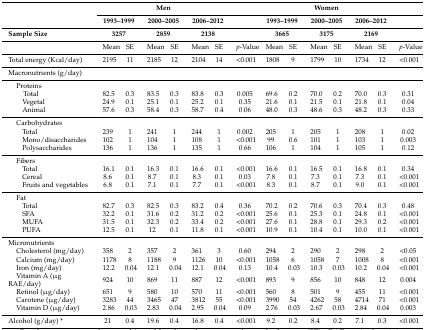
<table><thead><tr><td></td><td colspan="2"></td><td colspan="2"><b>Men</b></td><td colspan="2"></td><td></td><td colspan="2"></td><td colspan="2"><b>Women</b></td><td colspan="2"></td><td></td></tr><tr><td></td><td colspan="2"><b>1993–1999</b></td><td colspan="2"><b>2000–2005</b></td><td colspan="2"><b>2006–2012</b></td><td></td><td colspan="2"><b>1993–1999</b></td><td colspan="2"><b>2000–2005</b></td><td colspan="2"><b>2006–2012</b></td><td></td></tr><tr><td><b>Sample Size</b></td><td colspan="2"><b>3257</b></td><td colspan="2"><b>2859</b></td><td colspan="2"><b>2138</b></td><td></td><td colspan="2"><b>3665</b></td><td colspan="2"><b>3175</b></td><td colspan="2"><b>2169</b></td><td></td></tr></thead><tbody><tr><td></td><td>Mean</td><td>SE</td><td>Mean</td><td>SE</td><td>Mean</td><td>SE</td><td><i>p</i>-Value</td><td>Mean</td><td>SE</td><td>Mean</td><td>SE</td><td>Mean</td><td>SE</td><td><i>p</i>-Value</td></tr><tr><td>Total energy (Kcal/day)</td><td>2195</td><td>11</td><td>2185</td><td>12</td><td>2104</td><td>14</td><td>&lt;0.001</td><td>1808</td><td>9</td><td>1799</td><td>10</td><td>1734</td><td>12</td><td>&lt;0.001</td></tr><tr><td>Macronutrients (g/day)</td><td></td><td></td><td></td><td></td><td></td><td></td><td></td><td></td><td></td><td></td><td></td><td></td><td></td><td></td></tr><tr><td>Proteins</td><td></td><td></td><td></td><td></td><td></td><td></td><td></td><td></td><td></td><td></td><td></td><td></td><td></td><td></td></tr><tr><td>Total</td><td>82.5</td><td>0.3</td><td>83.5</td><td>0.3</td><td>83.8</td><td>0.3</td><td>0.005</td><td>69.6</td><td>0.2</td><td>70.0</td><td>0.2</td><td>70.0</td><td>0.3</td><td>0.31</td></tr><tr><td>Vegetal</td><td>24.9</td><td>0.1</td><td>25.1</td><td>0.1</td><td>25.2</td><td>0.1</td><td>0.35</td><td>21.6</td><td>0.1</td><td>21.5</td><td>0.1</td><td>21.8</td><td>0.1</td><td>0.04</td></tr><tr><td>Animal</td><td>57.6</td><td>0.3</td><td>58.4</td><td>0.3</td><td>58.7</td><td>0.4</td><td>0.06</td><td>48.0</td><td>0.3</td><td>48.6</td><td>0.3</td><td>48.2</td><td>0.3</td><td>0.33</td></tr><tr><td>Carbohydrates</td><td></td><td></td><td></td><td></td><td></td><td></td><td></td><td></td><td></td><td></td><td></td><td></td><td></td><td></td></tr><tr><td>Total</td><td>239</td><td>1</td><td>241</td><td>1</td><td>244</td><td>1</td><td>0.002</td><td>205</td><td>1</td><td>205</td><td>1</td><td>208</td><td>1</td><td>0.02</td></tr><tr><td>Mono/disaccharides</td><td>102</td><td>1</td><td>104</td><td>1</td><td>108</td><td>1</td><td>&lt;0.001</td><td>99</td><td>0.6</td><td>101</td><td>1</td><td>103</td><td>1</td><td>0.003</td></tr><tr><td>Polysaccharides</td><td>136</td><td>1</td><td>136</td><td>1</td><td>135</td><td>1</td><td>0.66</td><td>106</td><td>1</td><td>104</td><td>1</td><td>105</td><td>1</td><td>0.12</td></tr><tr><td>Fibers</td><td></td><td></td><td></td><td></td><td></td><td></td><td></td><td></td><td></td><td></td><td></td><td></td><td></td><td></td></tr><tr><td>Total</td><td>16.1</td><td>0.1</td><td>16.3</td><td>0.1</td><td>16.6</td><td>0.1</td><td>&lt;0.001</td><td>16.6</td><td>0.1</td><td>16.5</td><td>0.1</td><td>16.8</td><td>0.1</td><td>0.34</td></tr><tr><td>Cereal</td><td>8.6</td><td>0.1</td><td>8.7</td><td>0.1</td><td>8.3</td><td>0.1</td><td>0.03</td><td>7.8</td><td>0.1</td><td>7.3</td><td>0.1</td><td>7.3</td><td>0.1</td><td>&lt;0.001</td></tr><tr><td>Fruits and vegetables</td><td>6.8</td><td>0.1</td><td>7.1</td><td>0.1</td><td>7.7</td><td>0.1</td><td>&lt;0.001</td><td>8.3</td><td>0.1</td><td>8.7</td><td>0.1</td><td>9.0</td><td>0.1</td><td>&lt;0.001</td></tr><tr><td>Fat</td><td></td><td></td><td></td><td></td><td></td><td></td><td></td><td></td><td></td><td></td><td></td><td></td><td></td><td></td></tr><tr><td>Total</td><td>82.7</td><td>0.3</td><td>82.5</td><td>0.3</td><td>83.2</td><td>0.4</td><td>0.36</td><td>70.2</td><td>0.2</td><td>70.6</td><td>0.3</td><td>70.4</td><td>0.3</td><td>0.48</td></tr><tr><td>SFA</td><td>32.2</td><td>0.1</td><td>31.6</td><td>0.2</td><td>31.2</td><td>0.2</td><td>&lt;0.001</td><td>25.6</td><td>0.1</td><td>25.3</td><td>0.1</td><td>24.8</td><td>0.1</td><td>&lt;0.001</td></tr><tr><td>MUFA</td><td>31.5</td><td>0.1</td><td>32.3</td><td>0.2</td><td>33.4</td><td>0.2</td><td>&lt;0.001</td><td>27.6</td><td>0.1</td><td>28.8</td><td>0.1</td><td>29.3</td><td>0.2</td><td>&lt;0.001</td></tr><tr><td>PUFA</td><td>12.5</td><td>0.1</td><td>12</td><td>0.1</td><td>11.8</td><td>0.1</td><td>&lt;0.001</td><td>10.9</td><td>0.1</td><td>10.4</td><td>0.1</td><td>10.0</td><td>0.1</td><td>&lt;0.001</td></tr><tr><td>Micronutrients</td><td></td><td></td><td></td><td></td><td></td><td></td><td></td><td></td><td></td><td></td><td></td><td></td><td></td><td></td></tr><tr><td>Cholesterol (mg/day)</td><td>358</td><td>2</td><td>357</td><td>2</td><td>361</td><td>3</td><td>0.60</td><td>294</td><td>2</td><td>290</td><td>2</td><td>298</td><td>2</td><td>&lt;0.05</td></tr><tr><td>Calcium (mg/day)</td><td>1178</td><td>8</td><td>1188</td><td>9</td><td>1126</td><td>10</td><td>&lt;0.001</td><td>1058</td><td>6</td><td>1058</td><td>7</td><td>1008</td><td>8</td><td>&lt;0.001</td></tr><tr><td>Iron (mg/day)</td><td>12.2</td><td>0.04</td><td>12.1</td><td>0.04</td><td>12.1</td><td>0.04</td><td>0.13</td><td>10.4</td><td>0.03</td><td>10.3</td><td>0.03</td><td>10.2</td><td>0.04</td><td>&lt;0.001</td></tr><tr><td>Vitamin A (μg RAE/day)</td><td>924</td><td>10</td><td>869</td><td>11</td><td>887</td><td>12</td><td>&lt;0.001</td><td>893</td><td>9</td><td>856</td><td>10</td><td>848</td><td>12</td><td>0.004</td></tr><tr><td>Retinol (μg/day)</td><td>651</td><td>9</td><td>580</td><td>10</td><td>570</td><td>11</td><td>&lt;0.001</td><td>560</td><td>8</td><td>501</td><td>9</td><td>455</td><td>11</td><td>&lt;0.001</td></tr><tr><td>Carotene (μg/day)</td><td>3283</td><td>44</td><td>3465</td><td>47</td><td>3812</td><td>55</td><td>&lt;0.001</td><td>3990</td><td>54</td><td>4262</td><td>58</td><td>4714</td><td>71</td><td>&lt;0.001</td></tr><tr><td>Vitamin D (μg/day)</td><td>2.86</td><td>0.03</td><td>2.83</td><td>0.04</td><td>2.95</td><td>0.04</td><td>0.09</td><td>2.76</td><td>0.03</td><td>2.67</td><td>0.03</td><td>2.84</td><td>0.04</td><td>0.003</td></tr><tr><td>Alcohol (g/day) *</td><td>21</td><td>0.4</td><td>19.6</td><td>0.4</td><td>16.8</td><td>0.4</td><td>&lt;0.001</td><td>9.2</td><td>0.2</td><td>8.4</td><td>0.2</td><td>7.1</td><td>0.3</td><td>&lt;0.001</td></tr></tbody></table>